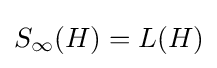
S_{\infty }(H)=L(H)